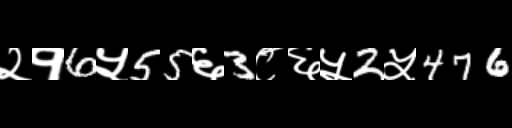
Text: २१6५55६3८६५2५476